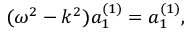
( \omega ^ { 2 } - k ^ { 2 } ) a _ { 1 } ^ { ( 1 ) } = a _ { 1 } ^ { ( 1 ) } ,